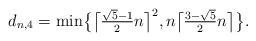
LaTeX: \begin{align*}d_{n,4}=\min\bigl\{\bigl\lceil {\textstyle\frac{\sqrt5-1}{2}}n\bigr\rceil^2,n\bigl\lceil {\textstyle\frac{3-\sqrt5}{2}}n\bigr\rceil\bigr\}.\end{align*}